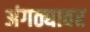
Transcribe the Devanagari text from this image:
अंगठ्यावर